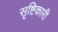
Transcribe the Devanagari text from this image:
सृष्टिकारी